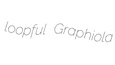
loopful Graphiola